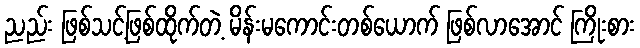
ညည်း ဖြစ်သင့်ဖြစ်ထိုက်တဲ့ မိန်းမကောင်းတစ်ယောက် ဖြစ်လာအောင် ကြိုးစား